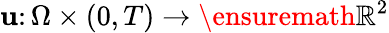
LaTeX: \mathbf{u}\colon\Omega\times(0,T)\to\ensuremath{\mathbb{R}}^{2}